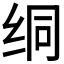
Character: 𫄡